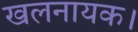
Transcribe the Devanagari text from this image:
खलनायक।